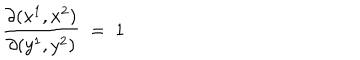
LaTeX: \frac { \partial ( x ^ { 1 } , x ^ { 2 } ) } { \partial ( y ^ { 1 } , y ^ { 2 } ) } \; = \; 1